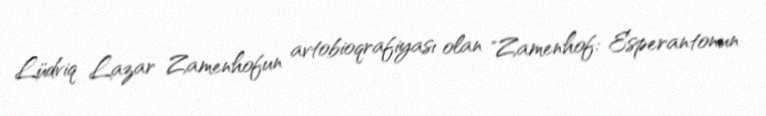
Lüdviq Lazar Zamenhofun avtobioqrafiyası olan "Zamenhof: Esperantonun